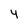
Character: 4